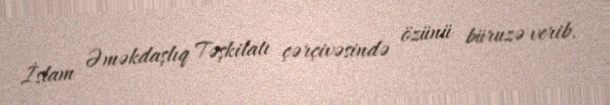
İslam Əməkdaşlıq Təşkilatı çərçivəsində özünü büruzə verib.